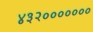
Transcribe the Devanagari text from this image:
४३२०००००००